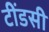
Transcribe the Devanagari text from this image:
टींडसी